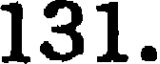
131.